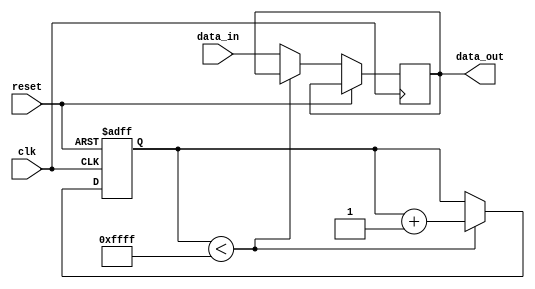
module latch_delay (
    input wire clk,
    input wire reset,
    input wire data_in,
    output reg data_out
);

reg [15:0] delay_counter;

always @(posedge clk or posedge reset) begin
    if (reset) begin
        delay_counter <= 16'h0;
    end else begin
        if (delay_counter < 16'hFFFF) begin
            delay_counter <= delay_counter + 16'h1;
        end else begin
            data_out <= data_in;
        end
    end
end

endmodule